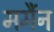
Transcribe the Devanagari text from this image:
मर्मैन